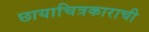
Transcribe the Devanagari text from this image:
छायाचित्रकाराची